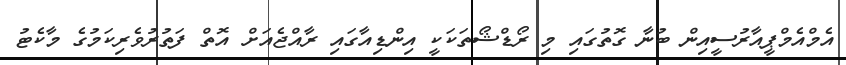
އެމްއެމްޕީއާރުސީއިން ބުނާ ގޮތުގައި މި ރޯޑްޝޯތަކަކީ އިންޑިއާގައި ރާއްޖެއަށް އޮތް ފަތުރުވެރިކަމުގެ މާކެޓު